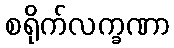
စရိုက်လက္ခဏာ